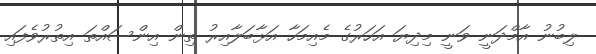
ލިބުނު އާމްދަނީ ވަނީ މިދިޔަ އަހަރުގެ މެއިމަހާ އަޅާބަލާއިރު ތިން އިންސައްތަ އިތުރުވެފައި